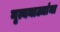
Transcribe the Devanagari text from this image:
नृत्यनाट्यांना